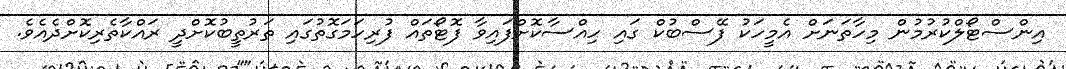
އިންސްޓޯލްކުރުމުން މިހާތަނަށް އެމީހަކު ފޭސްބުކް ގައި ހިއްސާކޮށްފައިވާ ފޮޓޯތައް ފުރިހަމަގޮތުގައި ތަރުތީބުކޮށްދީ ރައްކާތެރިކޮށްދެއެވެ.